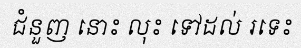
ជំនួញ នោះ លុះ ទៅដល់ រទេះ